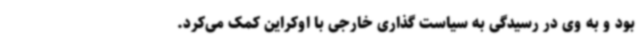
بود و به وی در رسیدگی به سیاست گذاری خارجی با اوکراین کمک می‌کرد.